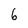
Character: 6